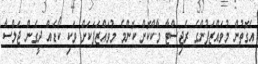
އެގޮތުން މުވައްޒަފުންގެ ރެޖިސްޓާ މާކްކޮށް ކޮންމެ މުވައްޒަފަކަށް ވަކި ކޯޑެއް ދީގެން ޖަލްސާ